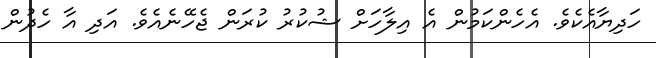
ހަދިޔާއެކެވެ. އެހެންކަމުން އެ އިލާހަށް ޝުކުރު ކުރަން ޖެހޭނެއެވެ. އަދި އާ ހެދުން